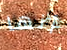
أنها